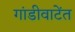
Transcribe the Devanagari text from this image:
गांडीवाटेंत